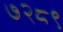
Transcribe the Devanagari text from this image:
७२८९